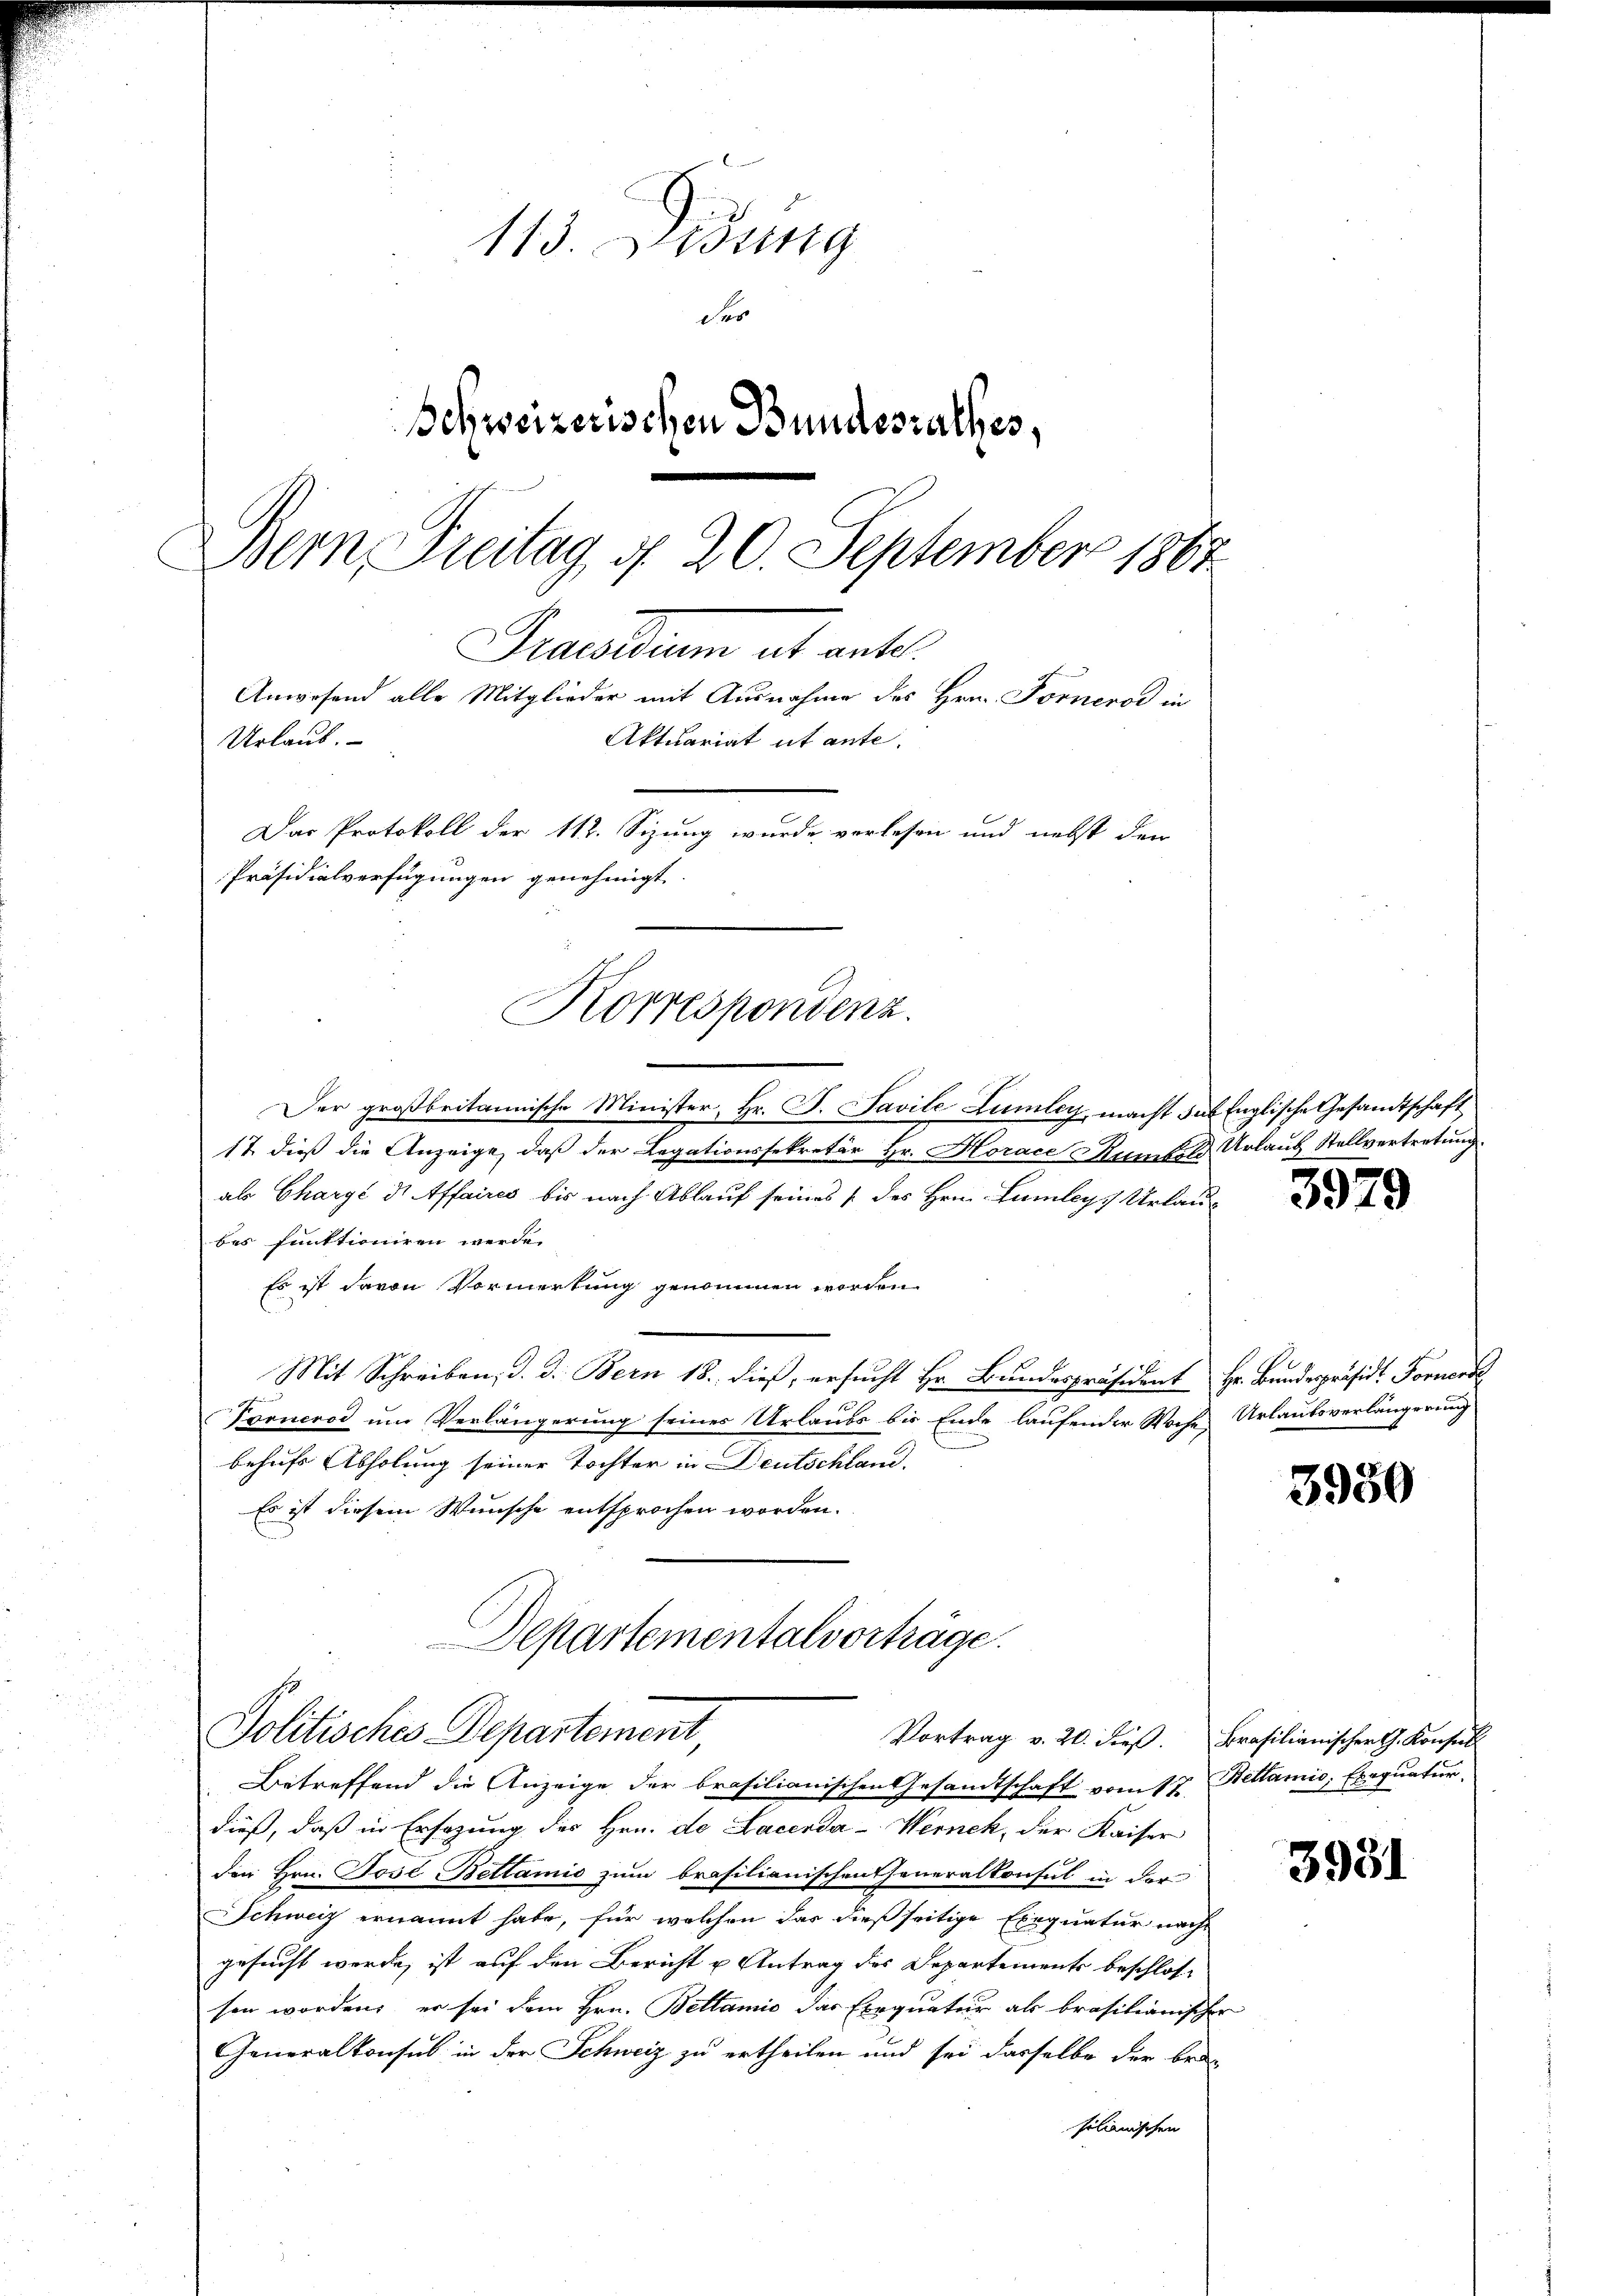
113. Jung
der
Schweizerischen Bundesrathes,
Bern Freitag d. 20. September 1867
Praesum et ant
Anwesend alle Mitglieder mit Ausnahme des Hrn. Fornerod in
Aktuariat ut ante-
Urlaub.
Das Protokoll der 112. Sizung wurde verlesen und nebst der
Präsidialverfügungen genehmigt.

Korrespondenz.

Der großbritannische Minister, Hr. P. Pavile Lumler, macht das Englische Gesandtschaft
17 dieß die Anzeige, daß der Legationssekretär Hr. Horace Rumbik Urlaub Stellvertretung.
als Chargé de Affaires bis nach Ablauf seines des Hrn. Lumleyz Urlaubes funktioniren werde.
Es ist davon Vormerkung genommen worden
Mit Schreiben; d. d. Bern 18. dieß, ersucht Hr. Bundespräsident Hr. Bundespräsid. Fornerse
Sponerod um Verlängerung seines Urlaubs bis Ende laufender Woche Urlaubsverlängerung
behufs Abholung seiner Tochter in Deutschland.
Es ist diesem Wunsche entsprochen worden.

Departementalvorträge.
Politisches Departement,
Vortrag v. 20. dieß. Brasilianischer G. Konsul

Betreffend die Anzeige der brasilianischen Gesandtschaft vom 17. Bettamio; Exequatur.
dieß, daß in Ersezung des Hrn. de Lacerda-Wernek, der Kaiser
den Hrn. Jose Bettanis zum Brasilianischen Generalkonsul in der
Schweiz ernannt habe, für welchen das dießseitige Exequatur nach
gesucht werde, ist auf den Bericht u Antrag des Departements beschlos
sen worden, er sei dem Hrn. Bettanić das Exequatur als brasilianischer
Generalkonsul in der Schweiz zu ertheilen und sei dasselbe der bei-
silianischen

3979

3930

3951